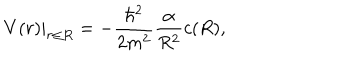
LaTeX: V ( r ) | _ { r \leq R } = - \frac { \hbar ^ { 2 } } { 2 m ^ { 2 } } \frac { \alpha } { R ^ { 2 } } c ( R ) ,